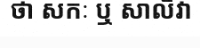
ថា សកៈ ឬ សាលិវា